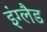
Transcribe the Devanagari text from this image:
इंग्‍लैड